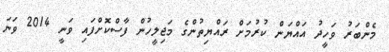
މެންބަރު ވަހީދު އައްޔަން ކުރުމަށް ރައްޔިތުންގެ މަޖިލީހުން ފާސްކޮށްފައި ވަނީ 2014 ވަނަ